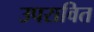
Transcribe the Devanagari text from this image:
उपरावित